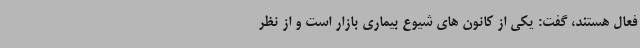
فعال هستند، گفت: یکی از کانون های شیوع بیماری بازار است و از نظر